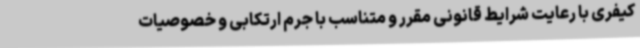
کیفری با رعایت شرایط قانونی مقرر و متناسب با جرم ارتکابی و خصوصیات